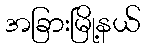
အခြားမြို့နယ်